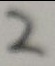
2